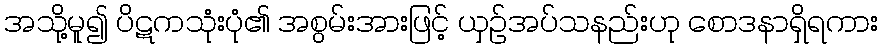
အသို့မူ၍ ပိဋကသုံးပုံ၏ အစွမ်းအားဖြင့် ယှဉ်အပ်သနည်းဟု စောဒနာရှိရကား